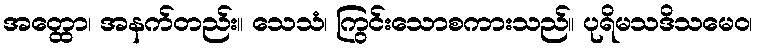
အတ္ထော၊ အနက်တည်း။ သေသံ၊ ကြွင်းသောစကားသည်။ ပုရိမသဒိသမေဝ၊